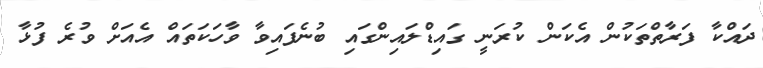
ދައްކާ ފަރާތްތަކުން އެކަން ކުރަނީ ގައިޑްލައިންގައި ބުނެފައިވާ ވާހަކަތައް އެއަށް ވުރެ ފުޅާ